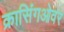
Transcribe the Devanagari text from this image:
क्रासिंगओवर